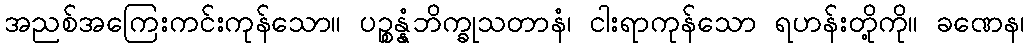
အညစ်အကြေးကင်းကုန်သော။ ပဉ္စန္နံဘိက္ခုသတာနံ၊ ငါးရာကုန်သော ရဟန်းတို့ကို။ ခဏေန၊